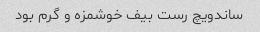
ساندویچ رست بیف خوشمزه و گرم بود